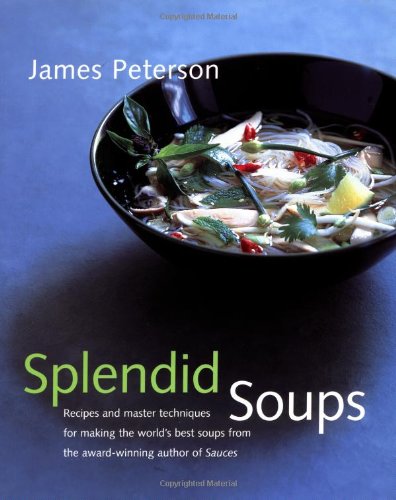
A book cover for Splendid Soups: Recipes and Master Techniques for Making the World's Best Soups; James Peterson; Cookbooks, Food & Wine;